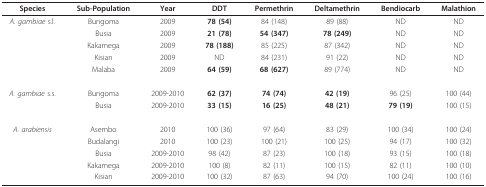
| Species | Sub-Population | Year | DDT | Permethrin | Deltamethrin | Bendiocarb | Malathion |
 | --- | --- | --- | --- | --- | --- | --- | --- |
 | A. gambiae s.l. | Bungoma | 2009 | 78 (54) | 84 (148) | 89 (88) | ND | ND |
 |  | Busia | 2009 | 21 (78) | 54 (347) | 78 (249) | ND | ND |
 |  | Kakamega | 2009 | 78 (188) | 85 (225) | 87 (342) | ND | ND |
 |  | Kisian | 2009 | ND | 84 (231) | 91 (22) | ND | ND |
 |  | Malaba | 2009 | 64 (59) | 68 (627) | 89 (774) | ND | ND |
 | A. gambiae s.s. | Bungoma | 2009-2010 | 62 (37) | 74 (74) | 42 (19) | 96 (25) | 100 (44) |
 |  | Busia | 2009-2010 | 33 (15) | 16 (25) | 48 (21) | 79 (19) | 100 (15) |
 | A. arabiensis | Asembo | 2010 | 100 (36) | 97 (64) | 83 (29) | 100 (34) | 100 (24) |
 |  | Budalangi | 2010 | 100 (23) | 100 (21) | 100 (25) | 94 (17) | 100 (32) |
 |  | Busia | 2009-2010 | 98 (42) | 87 (23) | 100 (18) | 93 (15) | 100 (18) |
 |  | Kakamega | 2009-2010 | 100 (8) | 82 (11) | 100 (15) | 82 (11) | 100 (10) |
 |  | Kisian | 2009-2010 | 100 (32) | 87 (63) | 94 (70) | 100 (24) | 100 (16) |